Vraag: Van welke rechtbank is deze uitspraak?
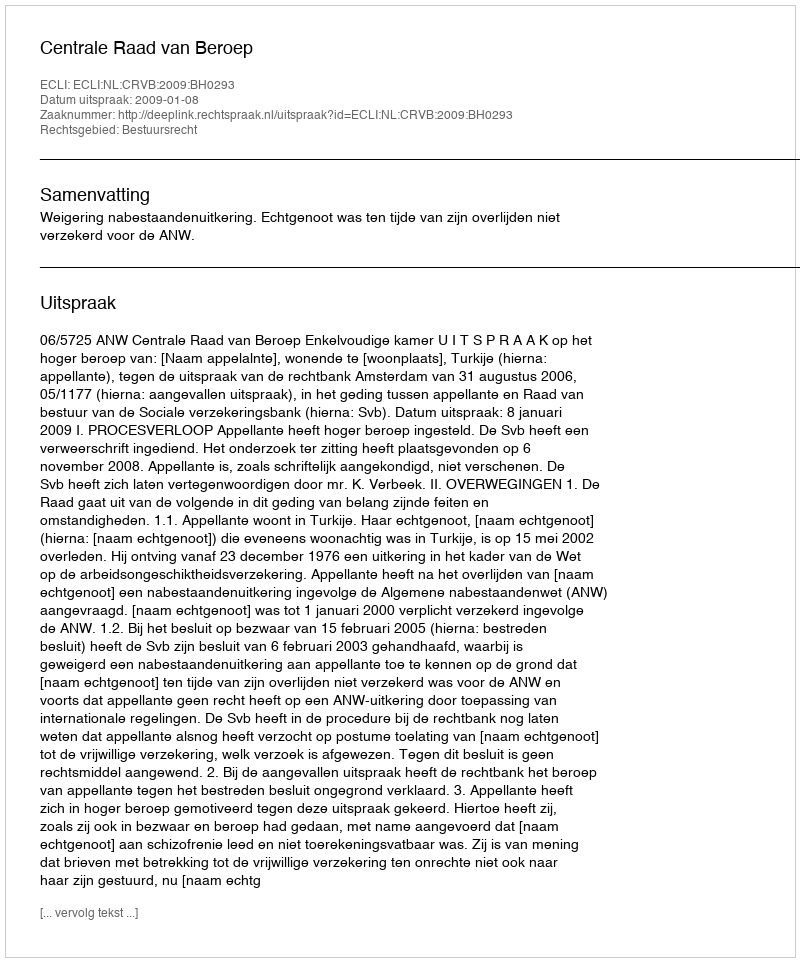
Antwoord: Centrale Raad van Beroep